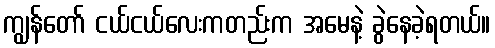
ကျွန်တော် ငယ်ငယ်လေးကတည်းက အမေနဲ့ ခွဲနေခဲ့ရတယ်။